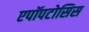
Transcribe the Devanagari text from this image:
एपॉपटोसिस